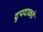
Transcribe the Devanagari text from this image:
द्रुपदाकडे